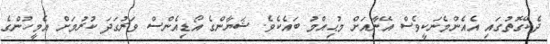
ދެކޭގޮތުގައި އެއެންމެނަކީވެސް އޭނާއަށް މުޙިއްމު ބައެކެވެ. ޝަޔާންގެ އޯޑިއެންސް ވަރުގަދަ ކުރުމަށް އެމީހުންގެ